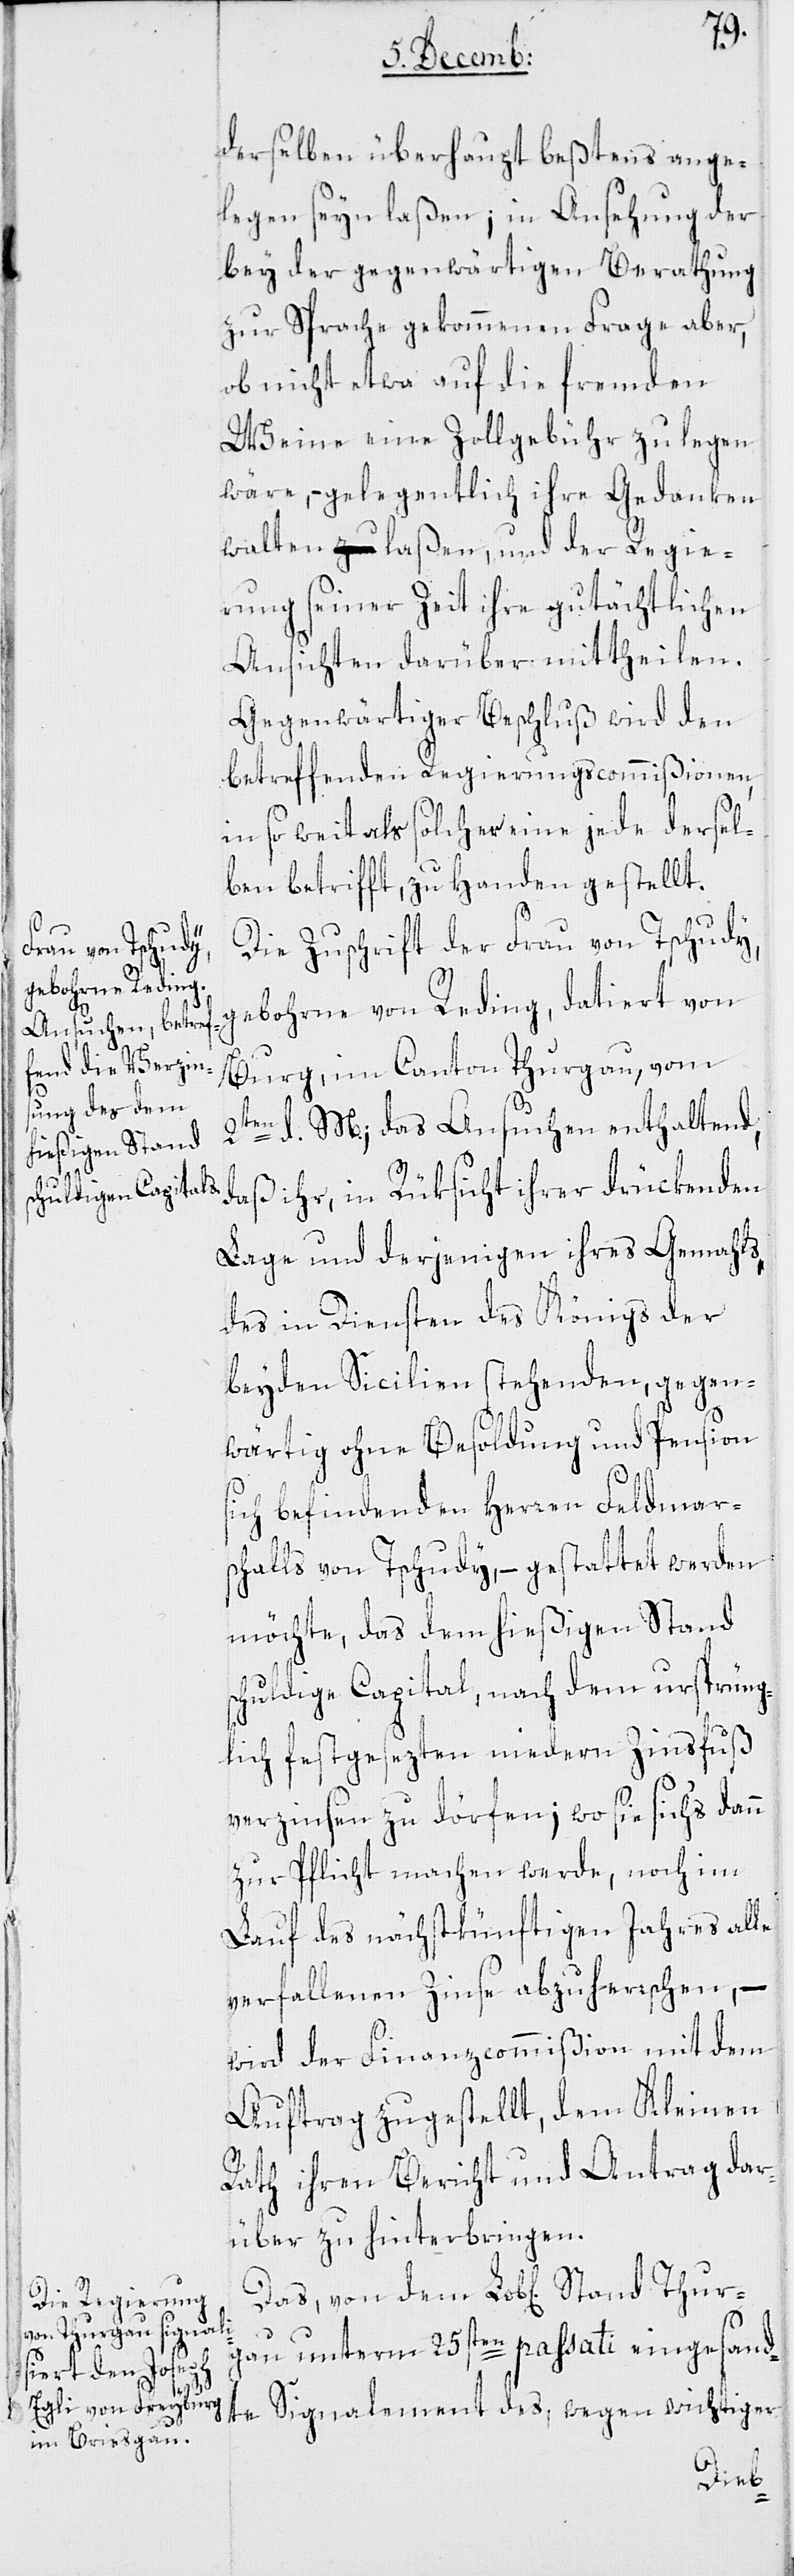
derselben überhaupt beßtens ange¬
legen seyn laßen; in Ansehung der
bey der gegenwärtigen Berathung
zur Sprache gekommenen Frage aber,
ob nicht etwa auf die fremden
Weine eine Zollgebühr zu legen
wäre, – gelegentlich ihre Gedanken
walten laßen, und der Regie¬
rung seiner Zeit ihre gutächtlichen
Ansichten darüber mittheilen.
Gegenwärtiger Beschluß wird den
betreffenden Regierungscommißionen,
in so weit als solcher jede dersel¬
ben betrifft, zu Handen gestellt.
Die Zuschrift der Frau von Tschudy,
Stand Thurg¬
gebohrne von Reding, datiert von
Burg im Canton Thurgau, vom
2ten d. M., das Ansuchen enthaltend,
Das,
daß ihr in Rüksicht ihrer drückenden
Lage und derjenigen ihres Gemahls,
des in Diensten des Königs der
beyden Sicilien stehenden, gegen¬
wärtig ohne Besoldung und Pension
sich befindenden Herren Feldmar¬
schalls von Tschudy, – gestattet werden
möchte, das dem hießigen Stand
schuldige Capital, nach dem ursprüng¬
lich festgesezten niedern Zinsfuß
verzinsen zu dörfen; wo sie sich’s dann
zur Pflicht machen werde, noch im
Lauf des nächstkünftigen Jahres al¬
verfallenden Zinse abzuherrschen, –
wird der Finanzcommißion mit dem
Auftrag zugestellt, dem Kleinen
Rath ihren Bericht und Antrag dar¬
über zu hinterbringen.
au unterm 25sten passati eingesand¬
te Signalement des, wegen wichtiger